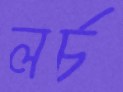
লর্চ